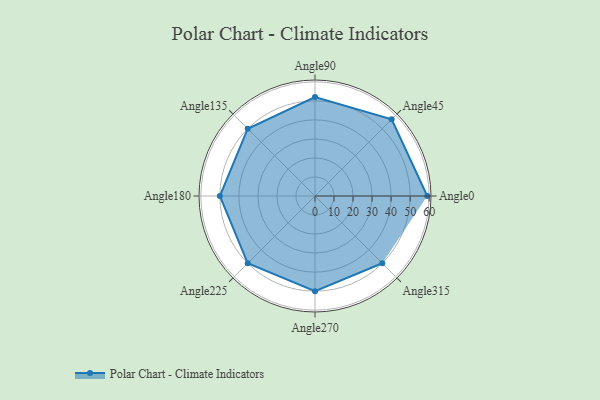
{"axis": {"x": "Angle", "y": "Radius"}, "legend": [""], "data": [{"x": "Angle0", "y": 59.0, "type": ""}, {"x": "Angle45", "y": 57.0, "type": ""}, {"x": "Angle90", "y": 52.0, "type": ""}, {"x": "Angle135", "y": 50, "type": ""}, {"x": "Angle180", "y": 50, "type": ""}, {"x": "Angle225", "y": 50, "type": ""}, {"x": "Angle270", "y": 50, "type": ""}, {"x": "Angle315", "y": 50, "type": ""}]}